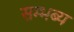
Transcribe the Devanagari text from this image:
सम्भब्य